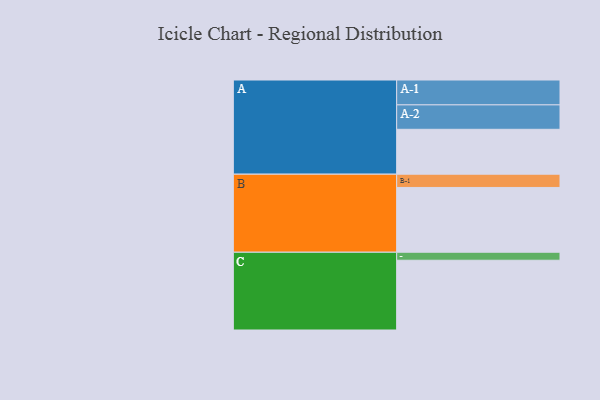
{"axis": {"x": "Segment", "y": "Value"}, "legend": ["", "A", "B", "C"], "data": [{"x": "A", "y": 325, "type": ""}, {"x": "B", "y": 469, "type": ""}, {"x": "C", "y": 505, "type": ""}, {"x": "A-1", "y": 180, "type": "A"}, {"x": "A-2", "y": 177, "type": "A"}, {"x": "B-1", "y": 96, "type": "B"}, {"x": "C-1", "y": 58, "type": "C"}]}